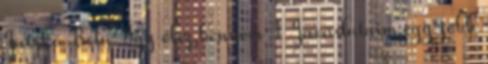
Jatzkó Béla: Így élsz bennem 1 Javaslataim egy jobb